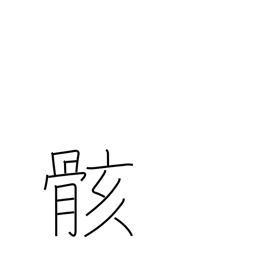
Meaning: body